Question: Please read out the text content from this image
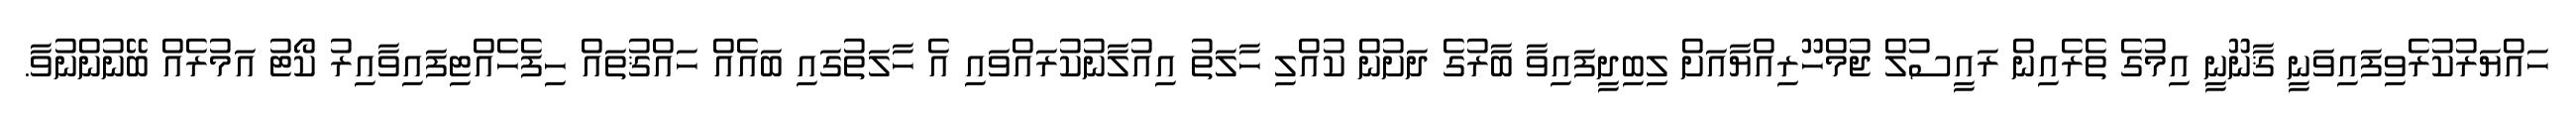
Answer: ހައްޔަރުކުރެވިފައިވަނީ ޤާނޫނީ އިމުގެ ތެރެއިން ރައީސުލް ޖުމްހޫރިއްޔާއަށް ލިބިދީފައިވާ ބާރުގެ ދަށުން ކުއްލި ހާލަތު އިއުލާނުކުރައްވައި އެ ހާލަތުގައި ބައެއް ހައްޤުތައް ހިފެހެއްޓިފައިވާއިރު ކޯޓު އަމުރެއް ބޭނުންނުވާ.